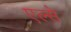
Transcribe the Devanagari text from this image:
एल्से